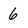
Character: 6